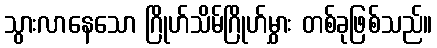
သွားလာနေသော ဂြိုဟ်သိမ်ဂြိုဟ်မွှား တစ်ခုဖြစ်သည်။